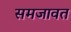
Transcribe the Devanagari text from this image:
समजावत